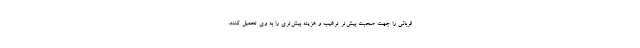
قربانی را جهت صحبت بیش‌تر ترغیب و هزینه بیش‌تری را به وی تحمیل کنند.